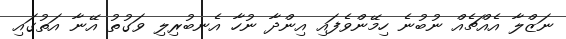
ނަޒްލާ އެއްޗެއް ނުބުނެ ހިމޭންވެފައި އިންދާ ނުހާ އެނބުރިލި ވަގުތު އޭނާ އަތުގައި